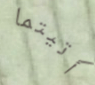
أتيتما